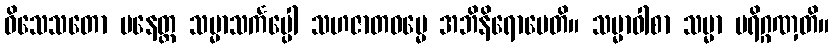
ဝိသေသတော ပနေတ္ထ သမ္မာသင်္ကပ္ပေါ သဟဇာတဓမ္မေ အဘိနိရောပေတိ။ သမ္မာဝါစာ သမ္မာ ပရိဂ္ဂဏှတိ။